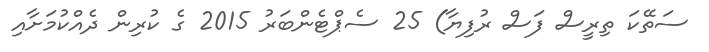
ސަތޭކަ ތިރީސް ފަސް ރުފިޔާ) 25 ސެޕްޓެންބަރު 2015 ގެ ކުރިން ދެއްކުމަށާއި